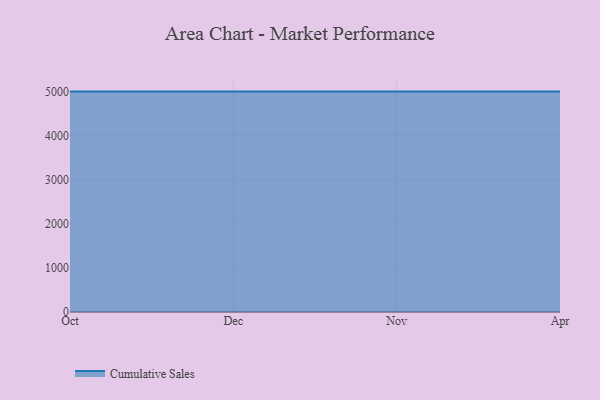
{"axis": {"x": "Month", "y": "Gross Profit (USD K)"}, "legend": ["Cumulative Sales"], "data": [{"x": "Oct", "y": 5000, "type": "Cumulative Sales"}, {"x": "Dec", "y": 5000, "type": "Cumulative Sales"}, {"x": "Nov", "y": 5000, "type": "Cumulative Sales"}, {"x": "Apr", "y": 5000, "type": "Cumulative Sales"}]}